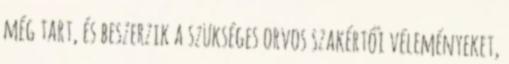
még tart, és beszerzik a szükséges orvos szakértői véleményeket,